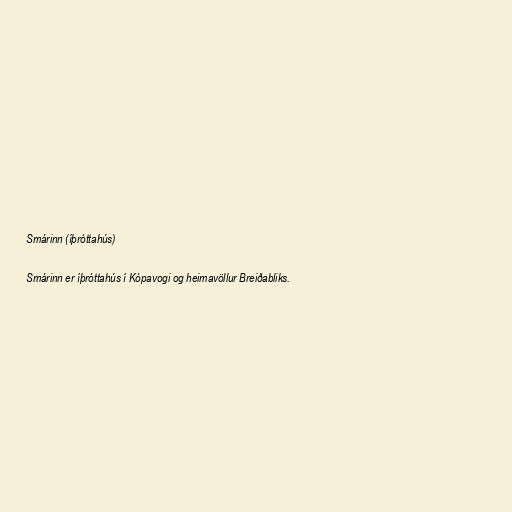
Smárinn (íþróttahús)

Smárinn er íþróttahús í Kópavogi og heimavöllur Breiðabliks.